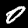
Digit: 0